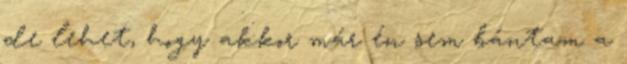
de lehet, hogy akkor már én sem bántam a